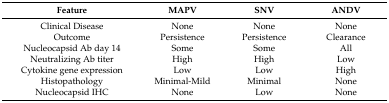
<table><thead><tr><td><b>Feature</b></td><td><b>MAPV</b></td><td><b>SNV</b></td><td><b>ANDV</b></td></tr></thead><tbody><tr><td>Clinical Disease</td><td>None</td><td>None</td><td>None</td></tr><tr><td>Outcome</td><td>Persistence</td><td>Persistence</td><td>Clearance</td></tr><tr><td>Nucleocapsid Ab day 14</td><td>Some</td><td>Some</td><td>All</td></tr><tr><td>Neutralizing Ab titer</td><td>High</td><td>High</td><td>Low</td></tr><tr><td>Cytokine gene expression</td><td>Low</td><td>Low</td><td>High</td></tr><tr><td>Histopathology</td><td>Minimal-Mild</td><td>Minimal</td><td>None</td></tr><tr><td>Nucleocapsid IHC</td><td>None</td><td>Low</td><td>None</td></tr></tbody></table>